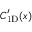
C _ { \mathrm { 1 D } } ^ { \prime } ( x )